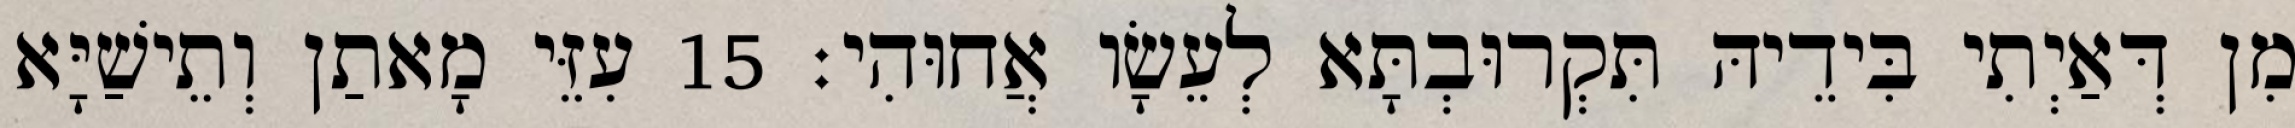
מִן דְּאַיְתִי בִּידֵיהּ תִּקְרוּבְתָּא לְעֵשָׂו אֲחוּהִי׃ 15 עִזֵּי מָאתַן וְתֵישַׁיָּא